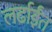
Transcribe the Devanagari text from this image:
लर्ढाईंत